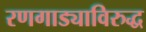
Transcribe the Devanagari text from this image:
रणगाड्याविरुद्ध